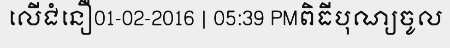
លើជំនឿ01-02-2016 | 05:39 PMពិធីបុណ្យចូល